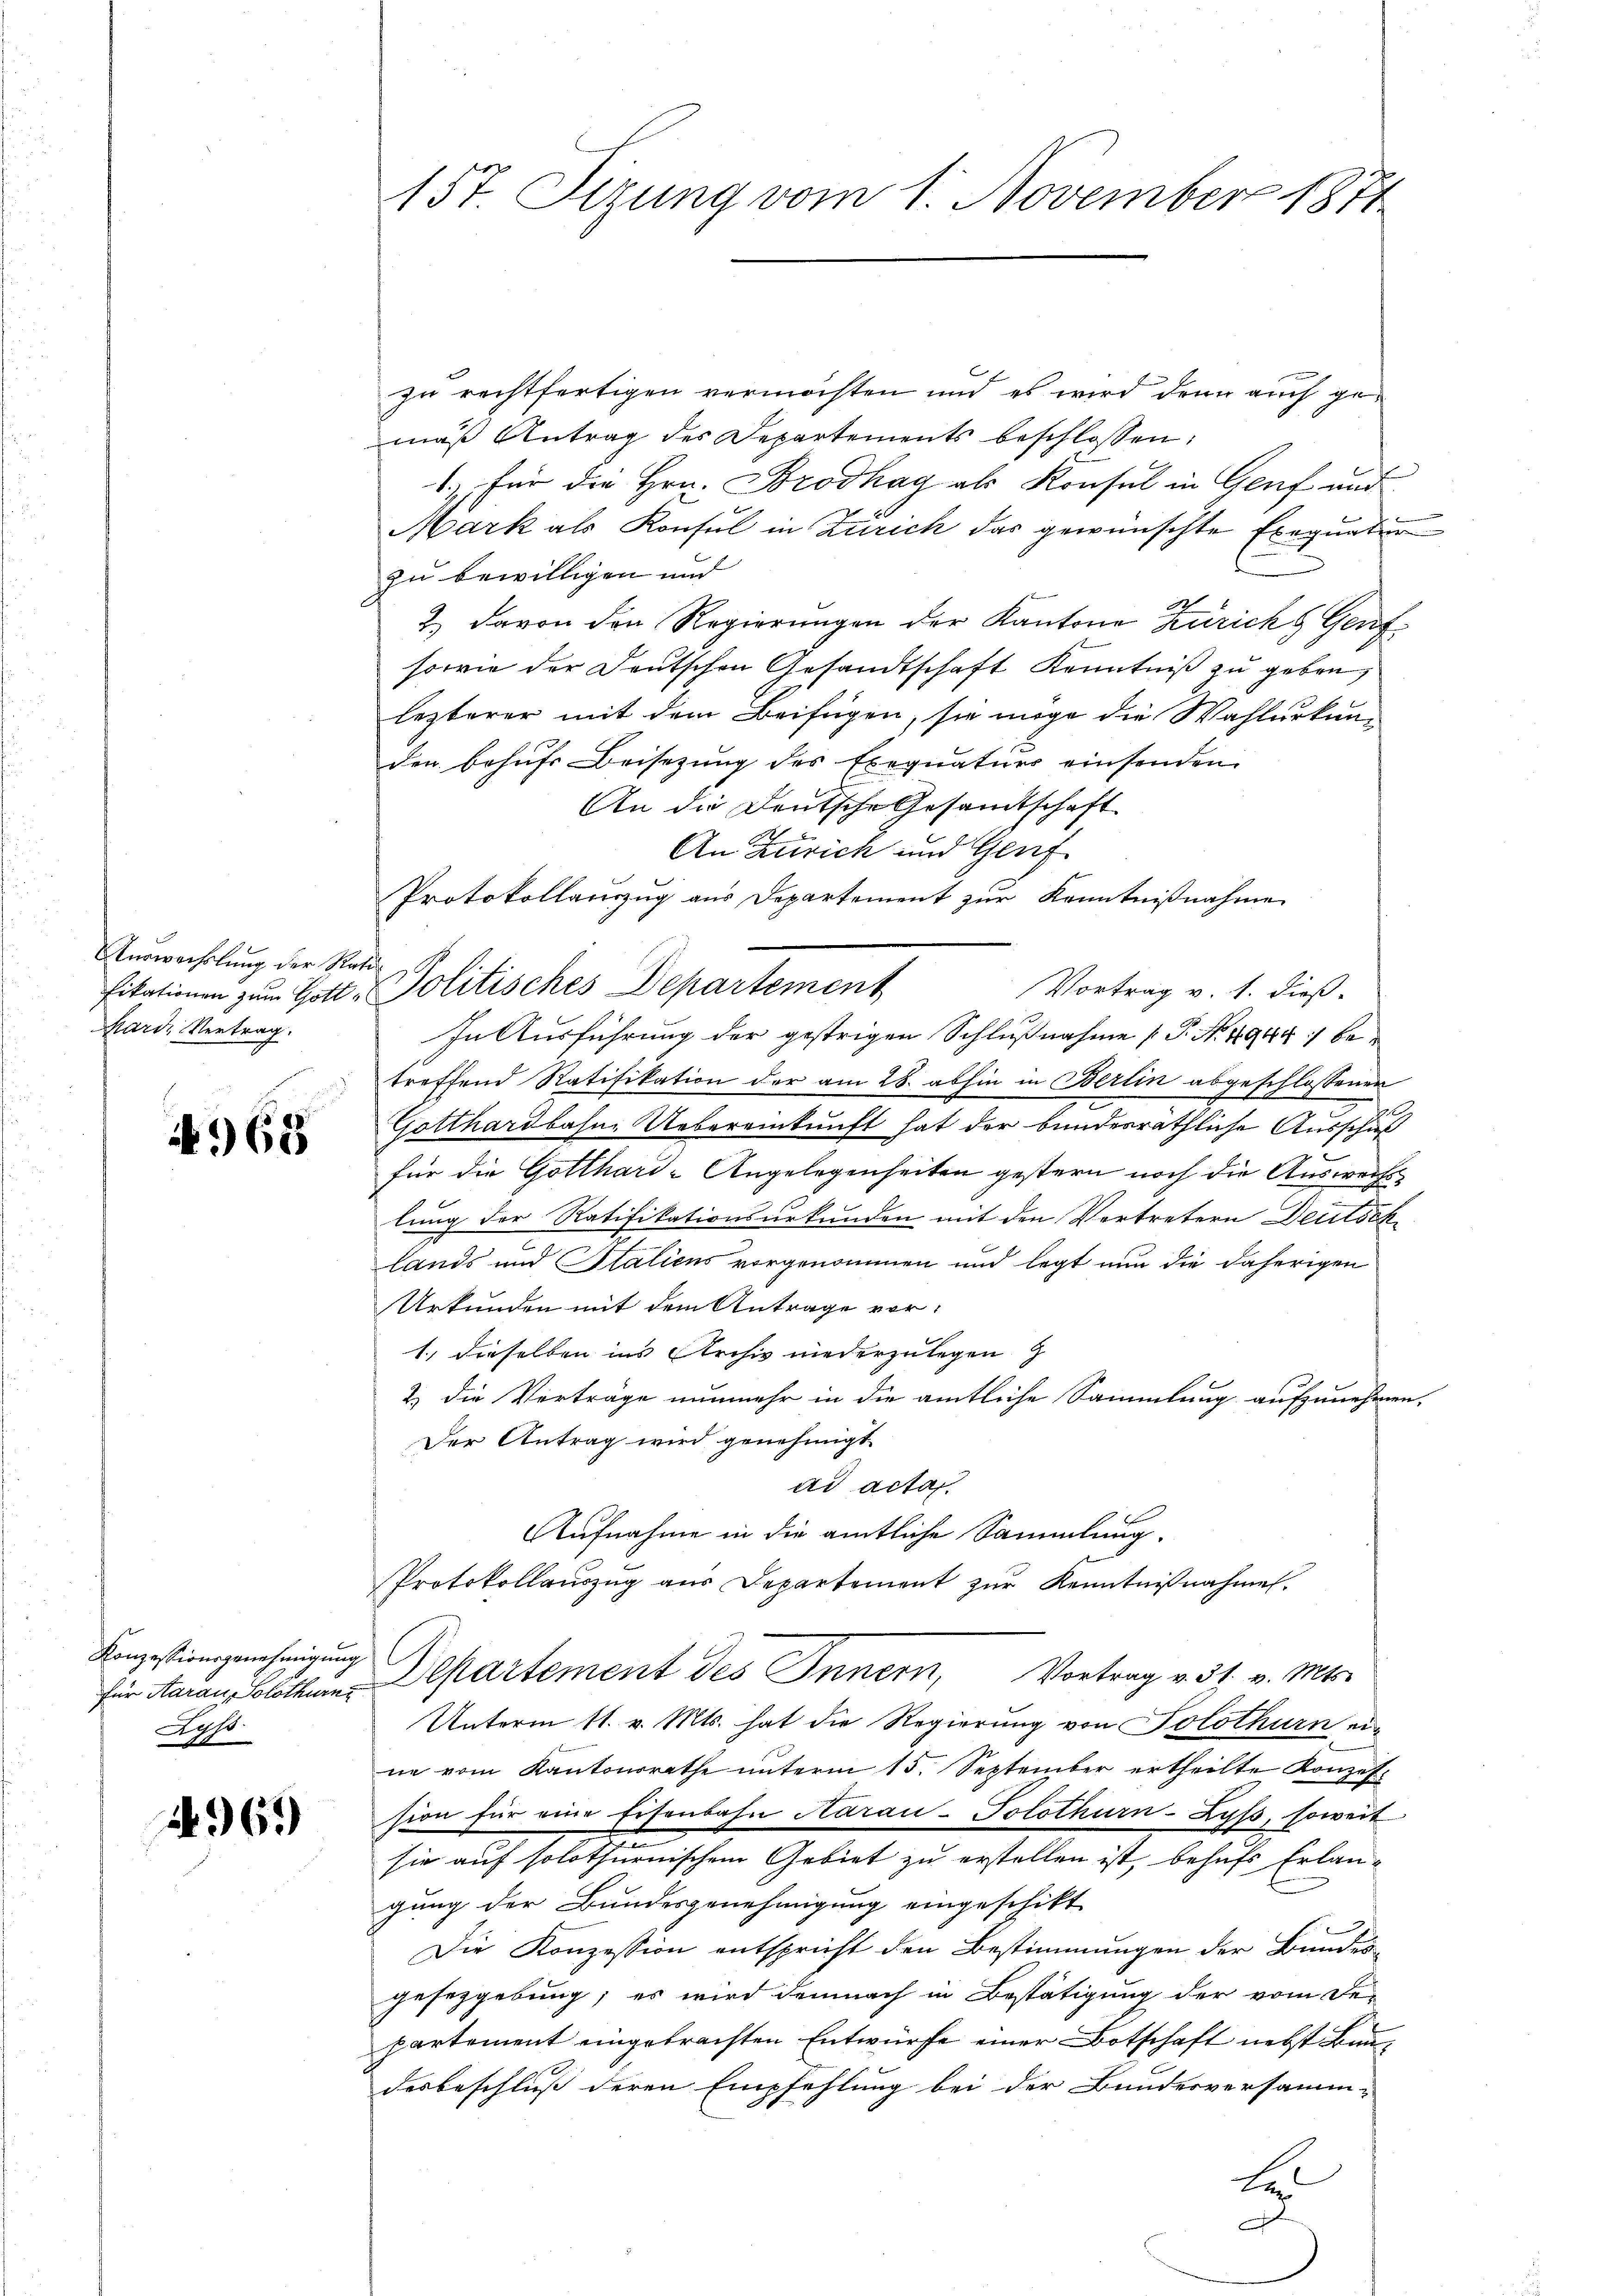
Auswechslung der Refikationen zum Gott¬
Marde Vertrag.

968

Konzessionsgenehmigung
für Aarau, Solothurn
Los

496)

157. Sizung vom 1. November 1874

zu rechtfertigen vermöchten und es wird denn auch gemäß Antrag des Departements beschlossen:
1. für die Hrn. Brodhag als Konsul in Genf und
Mark als Konsul in Zürich das gewünschte Exequatur
zu bewilligen und
2 davon den Regierungen der Kantone Zürichs Genf
sowie der Deutschen Gesandtschaft Kenntniß zu geben,
lezterer mit dem Beifügen, sie möge die Wahlurkung
den behufs Beisezung des Exequaturs einsenden
An die Deutsche Gesandtschaft
s
An Zürich und Genf
Protokollauszug aus Departement zur Kenntnißnahme
tel
Politisches Departement
Vortrag v. 1. dieß
In Ausführung der gestrigen Schlußnahme (T. No. 1944 1 be
treffend Ratifikation der am 28. abhin in Berlin abgeschlossenen
Gotthardbahn-Uebereinkunft hat der bundesräthliche Ausschuß
für die Gotthard-Angelegenheiten gestern noch die Auswechslung der Ratifikationsurkunden mit den Vertretern Deutsch
lands und Staliens vorgenommen und legt nun die daherigen
Urkunden mit dem Antrage vor¬
1.) dieselben ins Archiv niederzulegen
2) die Verträge nunmehr in die amtliche Sammlung aufzunehmen,
Der Antrag wird genehmigt.
ad acta.
Aufnahme in die amtliche Sammlung.
Protokollauszug aus Departement zur Kenntnißnahmen.
Departement des Innern, Vortrag v. 31. v. Mts.
Unterm 11. v. Mts. hat die Regierung von Solothurn ein
ne vom Kantonsrathe unterm 15. September ertheilte Konzession für eine Eisenbahn Aarau-Solothurn-Laß, soweit
sie auf solothurnischem Gebiet zu erstellen ist, behufs Erlaugung der Bundesgenehmigung eingeschikt
2
Die Konzession entspricht den Bestimmungen der Bundesgesezgebung, es wird demnach in Bestätigung der vom De-
partement eingebrachten Entwürfe einer Botschaft nebst Baadesbeschluß deren Empfehlung bei der Bundesversamm-
E